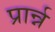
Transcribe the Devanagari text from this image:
प्रार्न्न